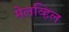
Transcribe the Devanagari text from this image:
मेलव्हिल